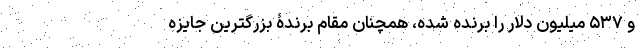
و ۵۳۷ میلیون دلار را برنده شده، همچنان مقام برندۀ بزرگترین جایزه